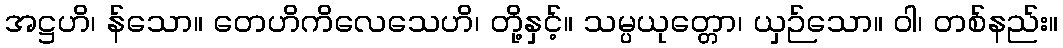
အဋ္ဌဟိ၊ န်သော။ တေဟိကိလေသေဟိ၊ တို့နှင့်။ သမ္ပယုတ္တော၊ ယှဉ်သော။ ဝါ၊ တစ်နည်း။